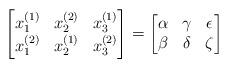
LaTeX: \begin{align*}\begin{bmatrix}x_1^{(1)} & x_2^{(2)} & x_3^{(1)} \\ x_1^{(2)} & x_2^{(1)} & x_3^{(2)}\end{bmatrix}=\begin{bmatrix}\alpha & \gamma & \epsilon \\ \beta & \delta & \zeta\end{bmatrix}\end{align*}